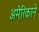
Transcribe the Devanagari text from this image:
अमेरिकाने